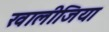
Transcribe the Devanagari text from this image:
खालीजिया